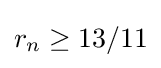
r_{n}\geq 13/11